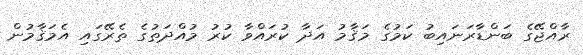
ރާއްޖޭގެ ބަންޑާރަނައިބު ކަމުގެ މަޤާމު އަދާ ކުރައްވާ ކުރު މުއްދަތުގެ ތެރޭގައި އެމަޤާމުން